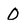
Character: 0